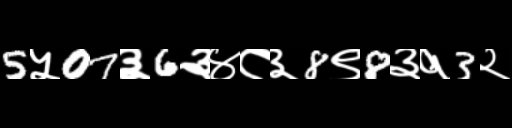
Text: 5५07३6३४८३8९8३१3२